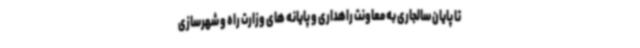
تا پایان سالجاری به معاونت راهداری و پایانه های وزارت راه و شهرسازی